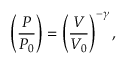
\left( { \frac { P } { P _ { 0 } } } \right) = \left( { \frac { V } { V _ { 0 } } } \right) ^ { - \gamma } ,